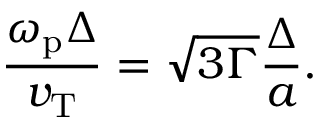
\frac { \omega _ { \mathrm { p } } \Delta } { v _ { \mathrm { T } } } = \sqrt { 3 \Gamma } \frac { \Delta } { a } .